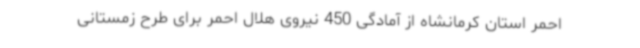
احمر استان کرمانشاه از آمادگی 450 نیروی هلال احمر برای طرح زمستانی